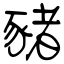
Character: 豬